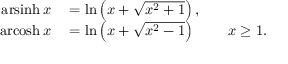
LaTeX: \begin{array} { r l r l } { \operatorname { a r s i n h } { x } } & { { } = \ln \left( x + { \sqrt { x ^ { 2 } + 1 } } \right) , } \\ { \operatorname { a r c o s h } { x } } & { { } = \ln \left( x + { \sqrt { x ^ { 2 } - 1 } } \right) } & { } & { { } x \geq 1 . } \end{array}